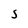
Character: S